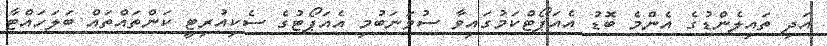
އަދި ތައިލެންޑުގެ އެންމެ ބޮޑު އެއަޕޯޓްކަމުގައިވާ ސުވަނަބުމި އެއަޕޯޓުގެ ސެކިއުރިޓީ ކަންތައްތައް ބަލަހައްޓާ